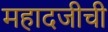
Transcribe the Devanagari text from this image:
महादजीची